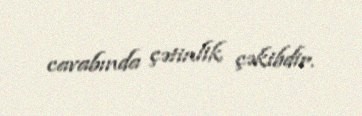
cavabında çətinlik çəkibdir.